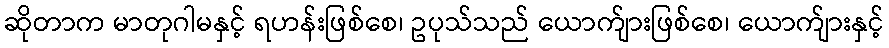
ဆိုတာက မာတုဂါမနှင့် ရဟန်းဖြစ်စေ၊ ဥပုသ်သည် ယောက်ျားဖြစ်စေ၊ ယောက်ျားနှင့်